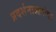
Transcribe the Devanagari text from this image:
प्रदर्शनाआगोदर